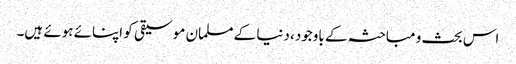
اس بحث و مباحثہ کے باوجود، دنیا کے مسلمان موسیقی کو اپنائے ہوئے ہیں۔